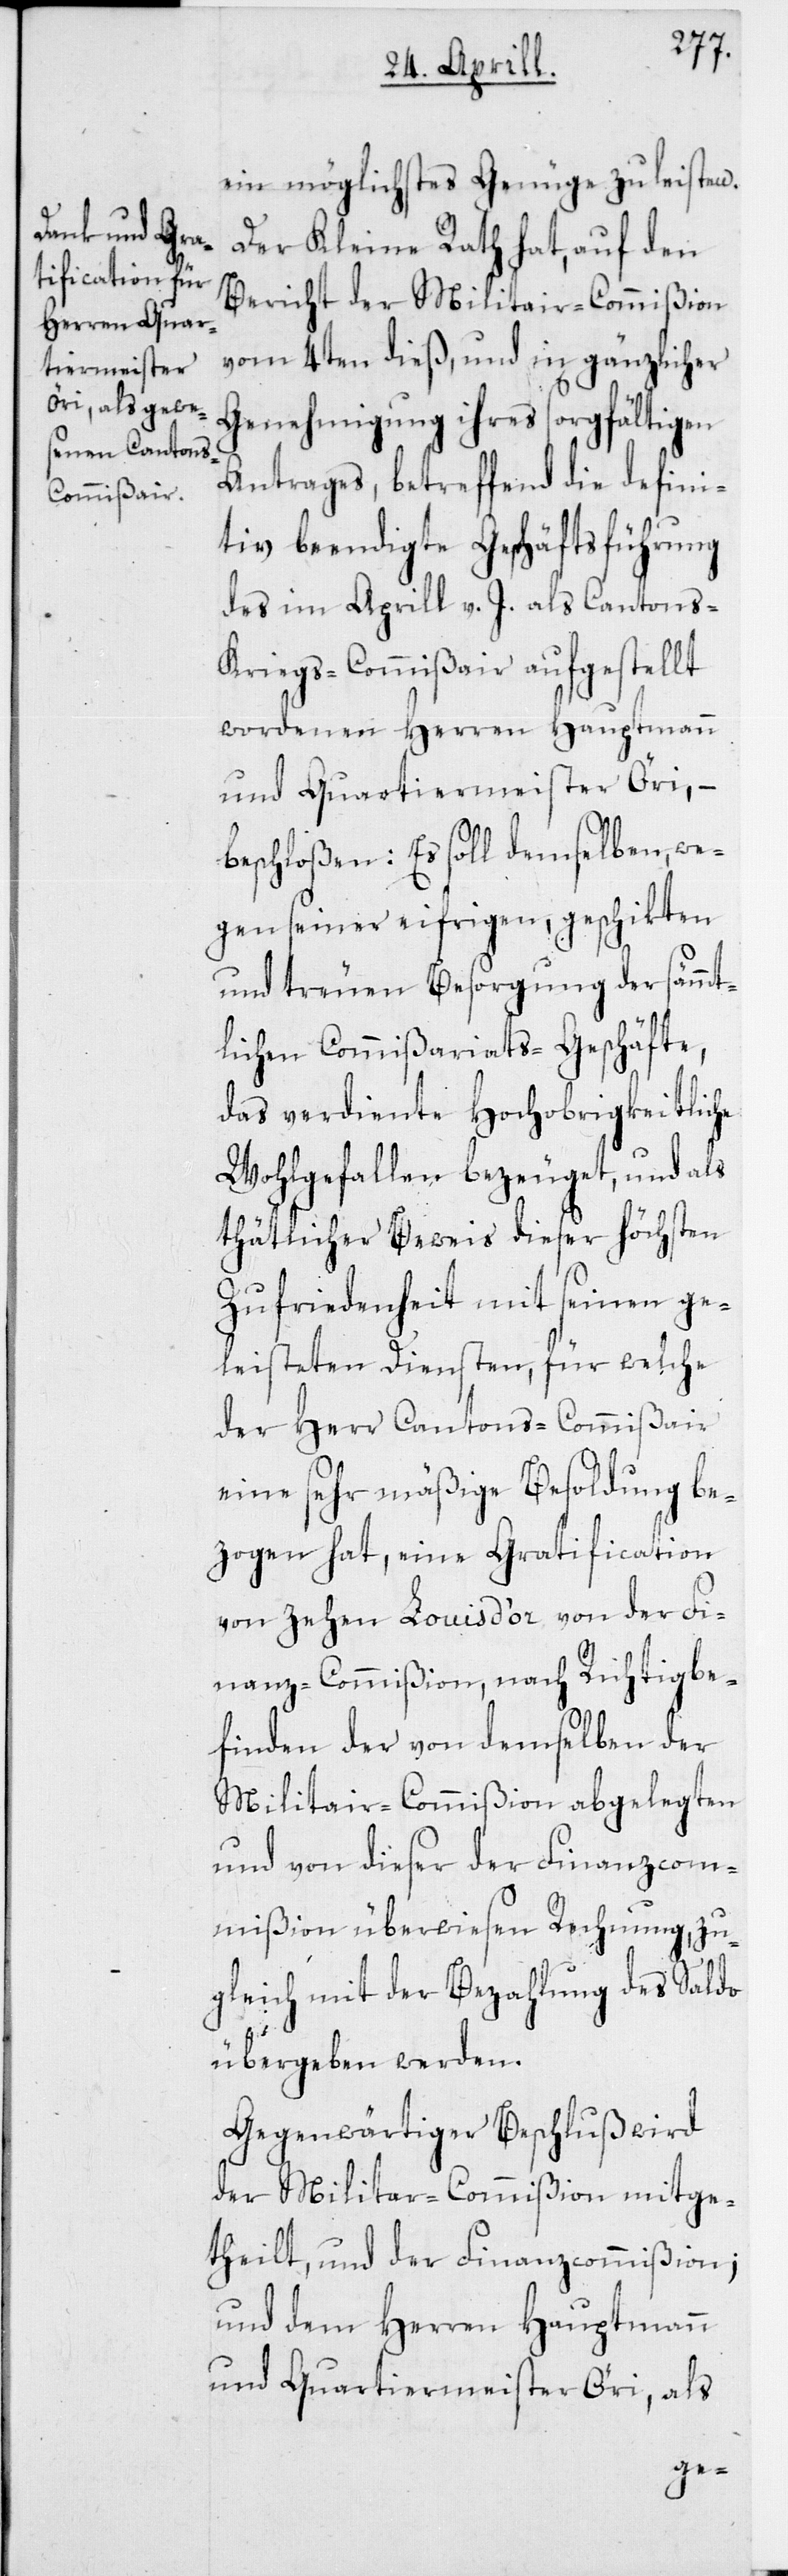
ein möglichstes Genüge zu leisten.
Der Kleine Rath hat, auf den
Bericht der Militar-Commißion
vom 4ten dieß, und in gänzlicher
Genehmigung ihres sorgfältigen
Antrages, betreffend die defini¬
tiv beendigte Geschäftsführung
des im Aprill v. J. als Cantons-K¬
riegs-Commißair aufgestellt
wordenen Herren Hauptmann
und Quartiermeister Öri, –
beschloßen: Es soll demselben, we¬
gen seiner eifrigen, geschikten
und treuen Besorgung der sämmt¬
lichen Commißariats-Geschäfte,
das verdiente Hochobrigkeitliche
Wohlgefallen bezeuget, und als
thätlicher Beweis dieser höchsten
Zufriedenheit mit seinen ge¬
leisteten Diensten, für welche
der Herr Cantons-Commißair
eine sehr mäßige Besoldung be¬
zogen hat, eine Gratification
von zehen Louis d’or von der Fi¬
nanz-Commißion nach Richtigbe¬
finden der von demselben der
Militar-Commißion abgelegten
und von dieser der Finanzcom¬
mißion überwiesenen Rechnung, zu¬
gleich mit der Bezahlung des Saldo
übergeben werden.
Gegenwärtiger Beschluß wird
der Militar-Commißion mitge¬
theilt, und der Finanzcommißion;
und dem Herren Hauptmann
und Quartiermeister Öri, als